Punjab Mental Hospital Lahore 1922-31 - 1922-1931
Year: 1922
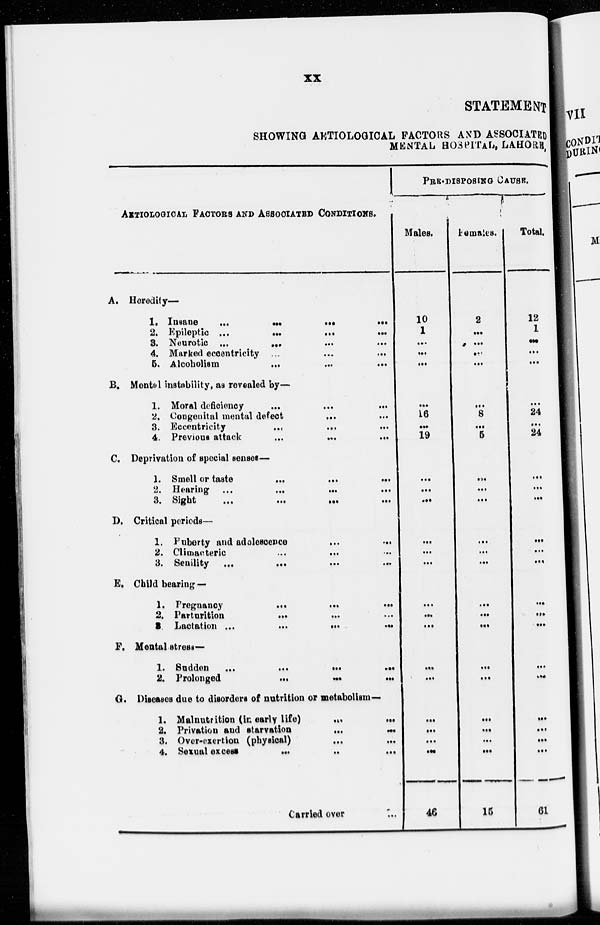
xx
STATEMENT
SHOWING AETIOLOGICAL FACTORS AND ASSOCIATED
MENTAL, HOSPITAL, LAHORE,
AETIOLOGICAL FACTORS AND ASSOCIATED CONDITIONS.
A.
B.
C.
D.
E.
F.
G.
Heredity—
1.
2.
3.
4.
5.
Insane ... ... ... ...
Epileptic
...
...
...
...
Neurotic ...
...
...
...
Marked eccentricity ...
...
...
Alcoholism
...
...
...
Mental instability, as revealed by—
1.
2.
3.
4.
Moral deficiency
...
...
...
Congenital mental defect
...
Eccentricity
...
...
...
Previous attack ... ...
Deprivation of special senses—
1.
2.
3.
Smell or taste
...
...
...
Hearing ...
...
Sight
Critical periods—
1.
2.
3.
Puberty and adolescence
...
...
Climacteric
...
...
Senility ...
Child bearing—
1.
2.
3.
Pregnancy
...
...
...
Parturition
...
...
...
Lactation ...
...
...
...
Mental-stress—
1.
2.
Sudden
...
...
...
...
Prolonged ... ... ... ...
Diseases due to disorders of nutrition or metabolism—
1.
2.
3.
4.
Malnutrition (in early life) ... ...
Privation and starvation
...
...
Over-exertion (physical)
...
...
Sexual excess
...
...
...
Carried over ...
PRE-DISPOSING CAUSE.
Males.
10
1
...
...
...
...
16
...
19
...
...
...
...
...
...
...
...
...
...
...
...
...
...
...
46
Females.
2
...
...
...
...
...
8
...
5
...
...
...
...
...
...
...
...
...
...
...
...
...
...
...
15
Total.
12
1
...
...
...
...
24
...
24
...
...
...
...
...
...
...
...
...
...
...
...
...
...
...
61